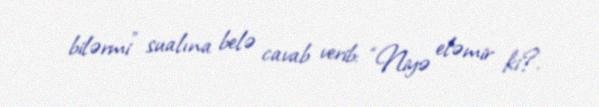
bilərmi” sualına belə cavab verib: “Niyə eləmir ki?.